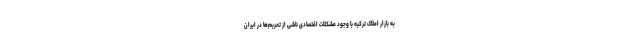
به بازار املاک ترکیه با وجود مشکلات اقتصادی ناشی از تحریم‌ها در ایران